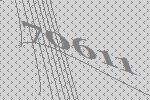
70611